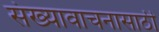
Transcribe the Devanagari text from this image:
संख्यावाचनासाठी